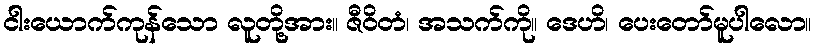
ငါးယောက်ကုန်သော လူတို့အား။ ဇီဝိတံ၊ အသက်ကို။ ဒေဟိ၊ ပေးတော်မူပါလော။